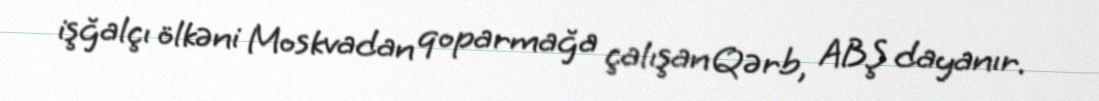
işğalçı ölkəni Moskvadan qoparmağa çalışan Qərb, ABŞ dayanır.